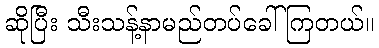
ဆိုပြီး သီးသန့်နာမည်တပ်ခေါ်ကြတယ်။